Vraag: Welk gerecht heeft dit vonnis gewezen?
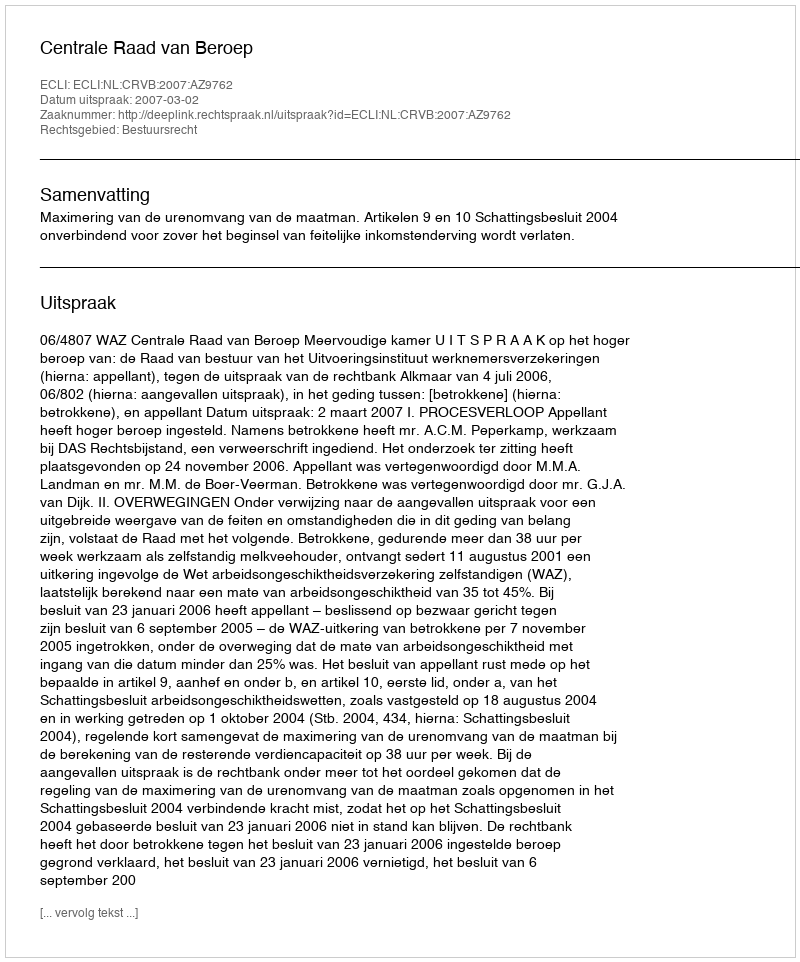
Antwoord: Centrale Raad van Beroep